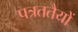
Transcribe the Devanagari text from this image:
पत्रततैयों